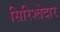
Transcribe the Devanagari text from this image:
सिरिश्तेदार